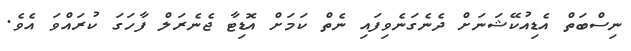
ނިސްބަތް އެޑިއުކޭޝަނަށް ދެނެގަނެވިފައި ނެތް ކަމަށް އޮޑިޓާ ޖެނެރަލް ފާހަގަ ކުރައްވަ އެވެ.